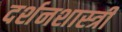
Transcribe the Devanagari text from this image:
दर्शनशास्‍त्री